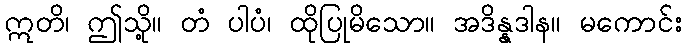
ဣတိ၊ ဤသို့။ တံ ပါပံ၊ ထိုပြုမိသော။ အဒိန္နဒါန။ မကောင်း